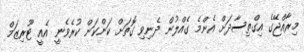
މިރާއްޖޭގެ އިގްތިސާދަށް އެންމެ ގެއްލުން ދެނިވި ގޮތަށް ކަންކަން ކުރެވެނީ އެއީ ޓޫރިޒަމް